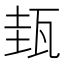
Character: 𤬿